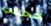
اعجبني